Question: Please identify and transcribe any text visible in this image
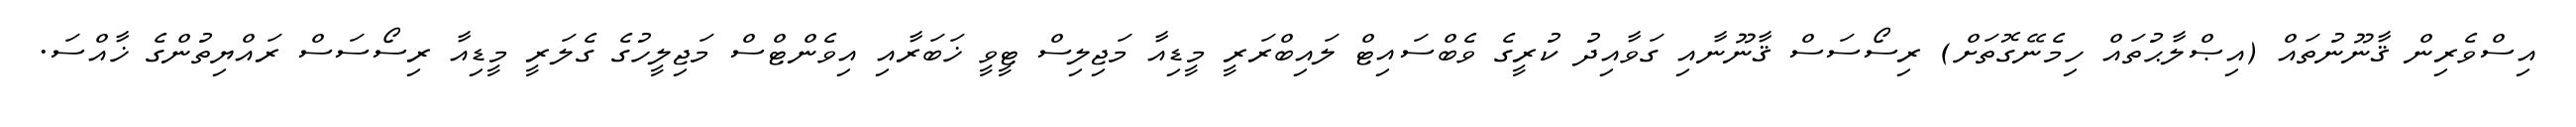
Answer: އިސްވެރިން ޤާނޫނުތައް (އިޞްލާޙުތައް ހިމެނޭގޮތަށް) ރިސޯސަސް ޤާނޫނާއި ގަވާއިދު ކުރީގެ ވެބްސައިޓް ލައިބްރަރީ މީޑިއާ މަޖިލިސް ޓީވީ ޚަބަރާއި އިވެންޓްސް މަޖިލީހުގެ ގެލަރީ މީޑިއާ ރިސޯސަސް ރައްޔިތުންގެ ޚާއްސަ.